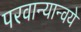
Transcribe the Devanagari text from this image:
परवान्यान्वये